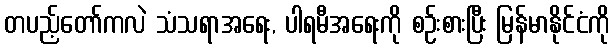
တပည့်တော်ကလဲ သံသရာအရေး, ပါရမီအရေးကို စဉ်းစားပြီး မြန်မာနိုင်ငံကို